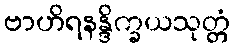
ဗာဟိရနန္ဒိက္ခယသုတ္တံ